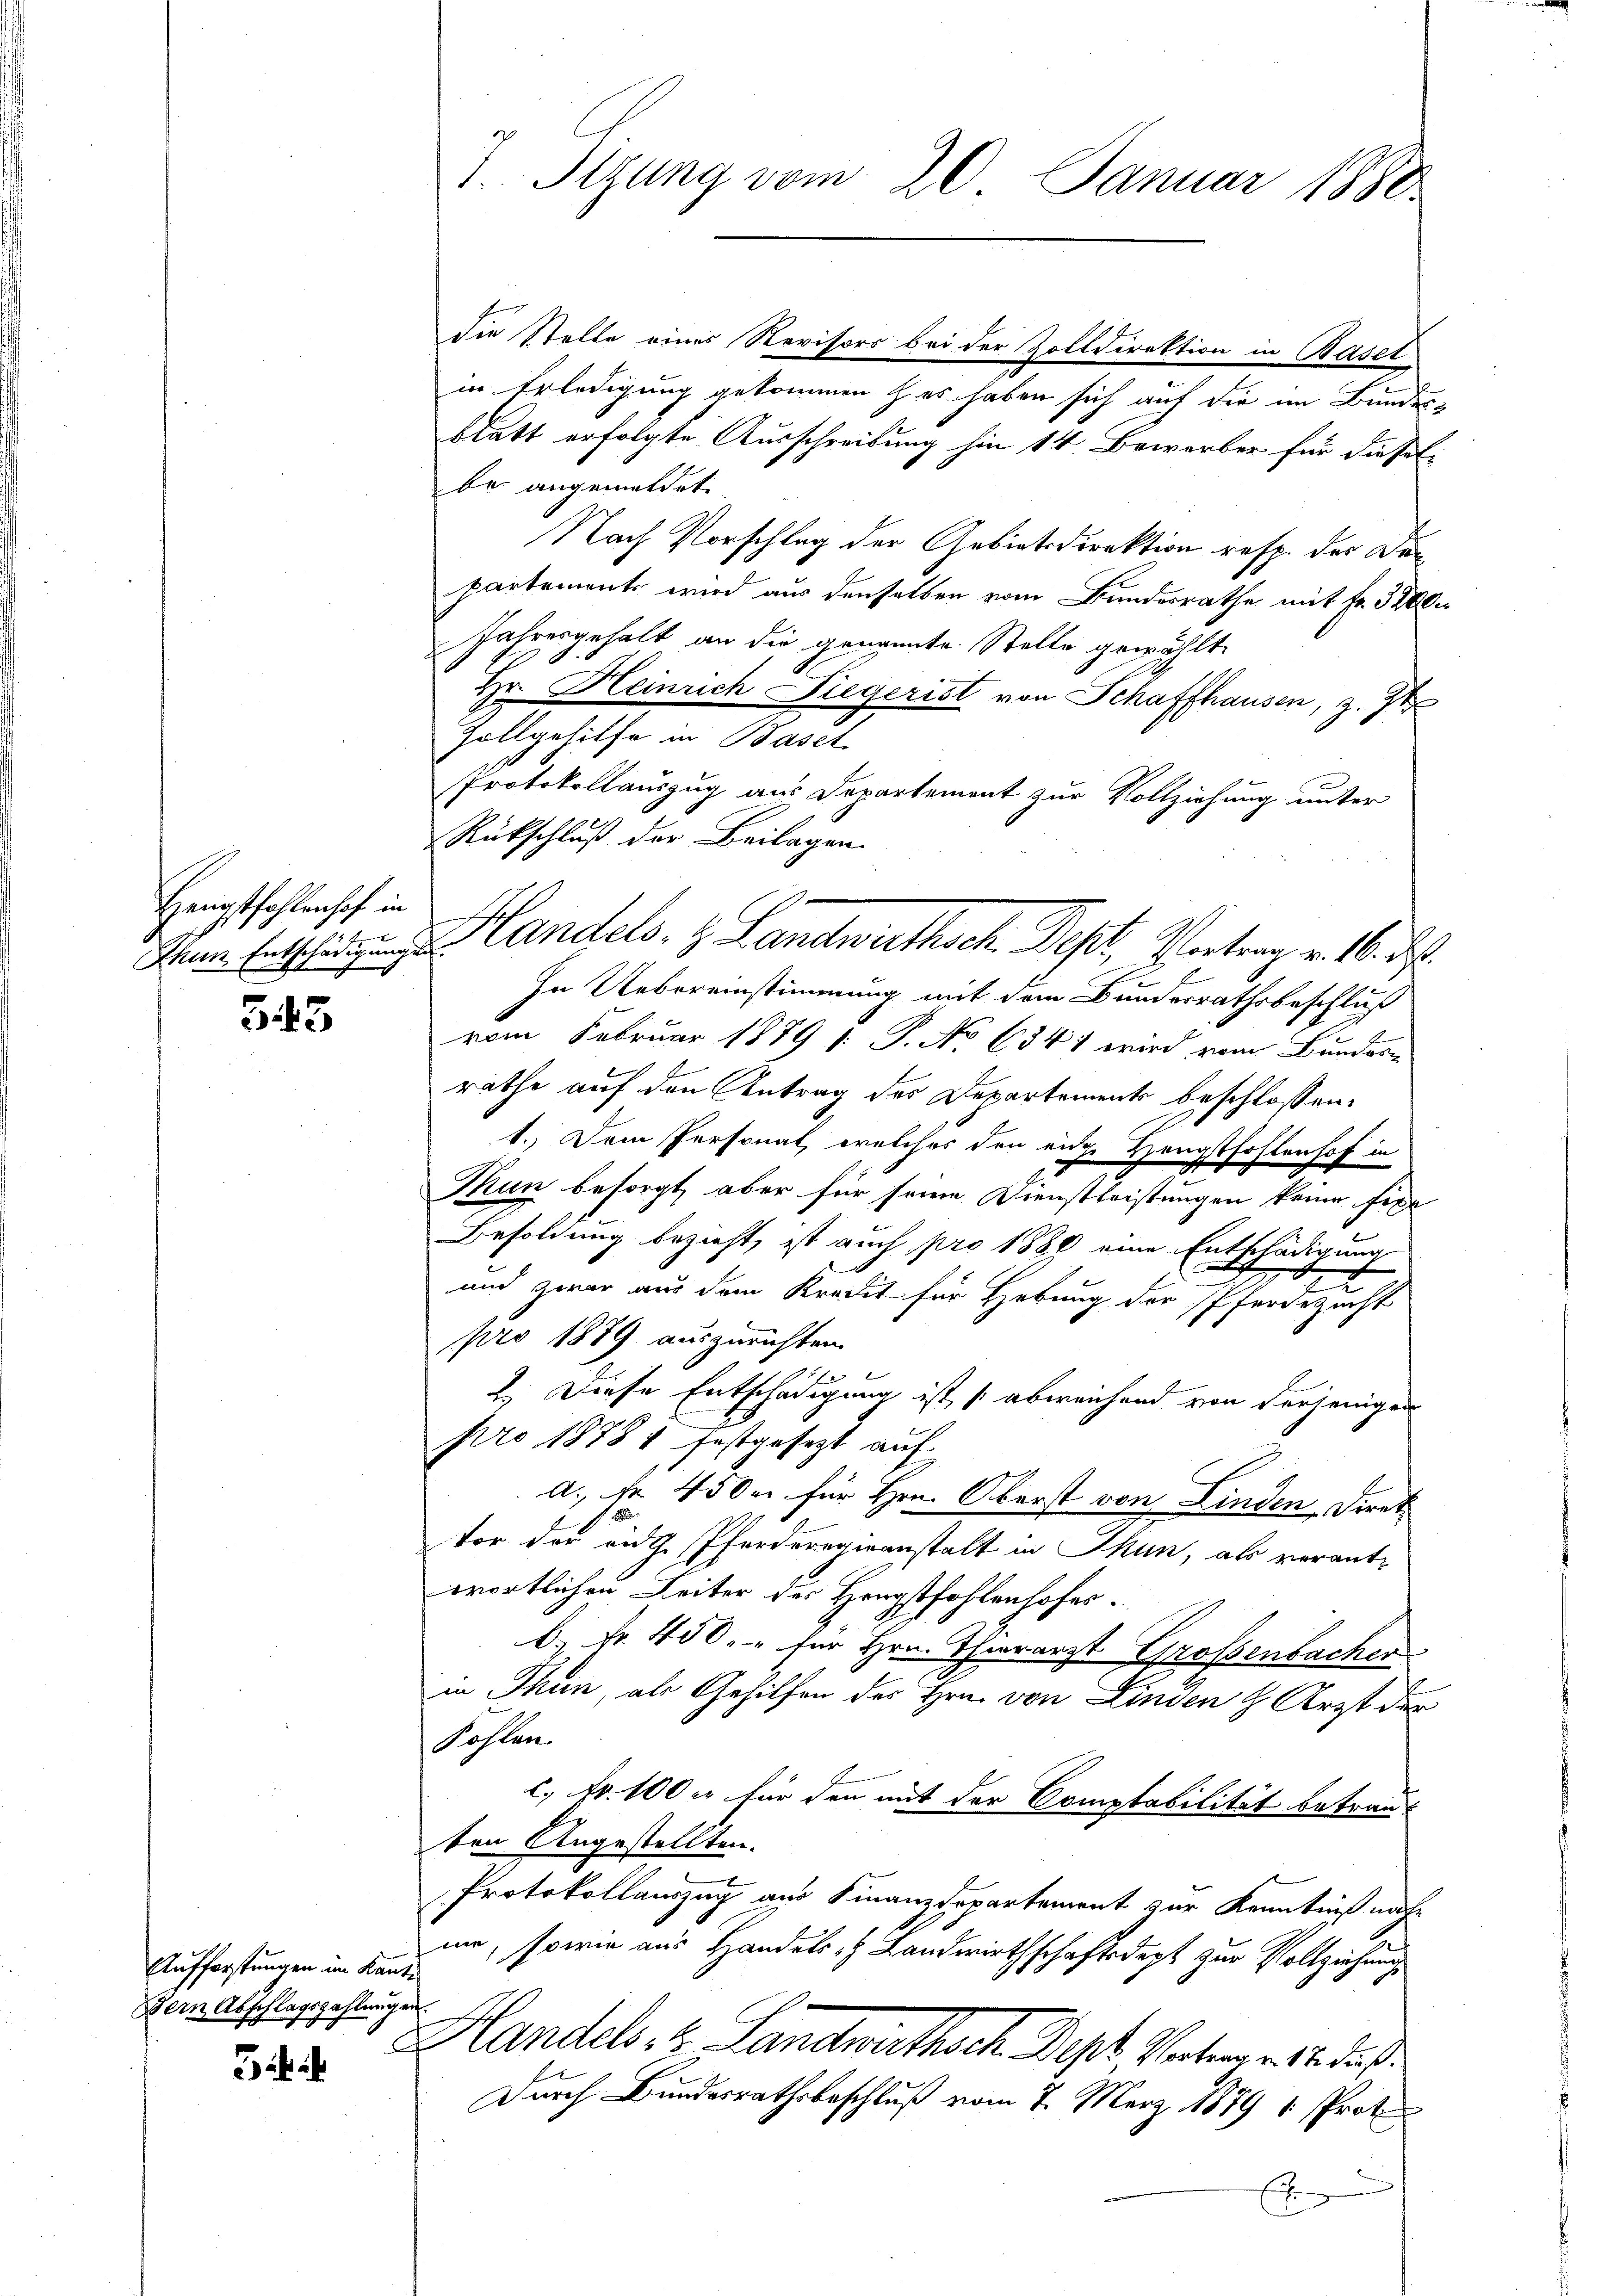
Hauptfahlenhof in
.
Thun Entschädigungen

543

Aufforstungen im Kanto
Dein Abschlagszahlungen
c

7. Sizung vom 20. Januar 1880.

Die Stelle eines Revisors bei der Zolldirektion in Basel
in Erledigung gekommen z es haben sich auf die im Bundes-
blatt erfolgte Ausschreibung hin 14 Bewerber für dieselbe angemeldet.
Nach Vorschlag der Gebietsdirektion resp. der Den
partements wird aus denselben vom Bundesrathe mit Fr. 3200.
Jahresgehalt an die genannte Stelle gewählt
.
Hr. Heinrich Liegerist von Schaffhausen, z. Z
Zollgehilfe in Basel
Protokollauszug aus Departement zur Vollziehung unter
Rückschluß der Beilagen.
f
In Uebereinstimmung mit dem Bundesrathsbeschluß
vom Februar 1879 1: P. No 634 1 wird vom Bundes-
räthe auf den Antrag des Departement beschlossen:
1. Dem Personal, welches den eide Hengstfohlenhof in
Mun besorgt, aber für seine Dienstleistungen keine fixe
Besoldung bezieht, ist auch pro 1880 eine Entschädigung
E
und zwar aus dem Kredit für Hebung der Pferdezeicht
pro 1879 auszurichten.
2.) Diese Entschädigung ist abweichend von derjenigen
pro 1878 1 festgesezt auf
a. Fr. 4500 für Hrn. Oberst von Linden Direk
J.
vor der auth. Pferderegeanstalt in Thun, als verantwortlichen Leiter des Hengstfohlenhofes¬
 Nr. 450. für Hrn. Thierarzt Grossenbachen
in Thun, als Gehilfen des Hrn. von Linden & Arzt der
Fohlen.
c. Nr. 100 er für den mit der Comptabilität betrau
ten Angestellten.
Protokollauszug aus Finanzdepartement zur Kenntniß nahe
mi, sowie aus Handels- & Landwirthschaftsdept zur Vollziehung
Handels, 2 Landwirthsch Des Vertrages, daß
Durch Bundesrathsbeschluß vom 7. März 1879 1 Proto¬
E

mi

Handels. z. Landwuthsch. Dest, Vortrag v. 16. d.